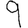
Digit: 9